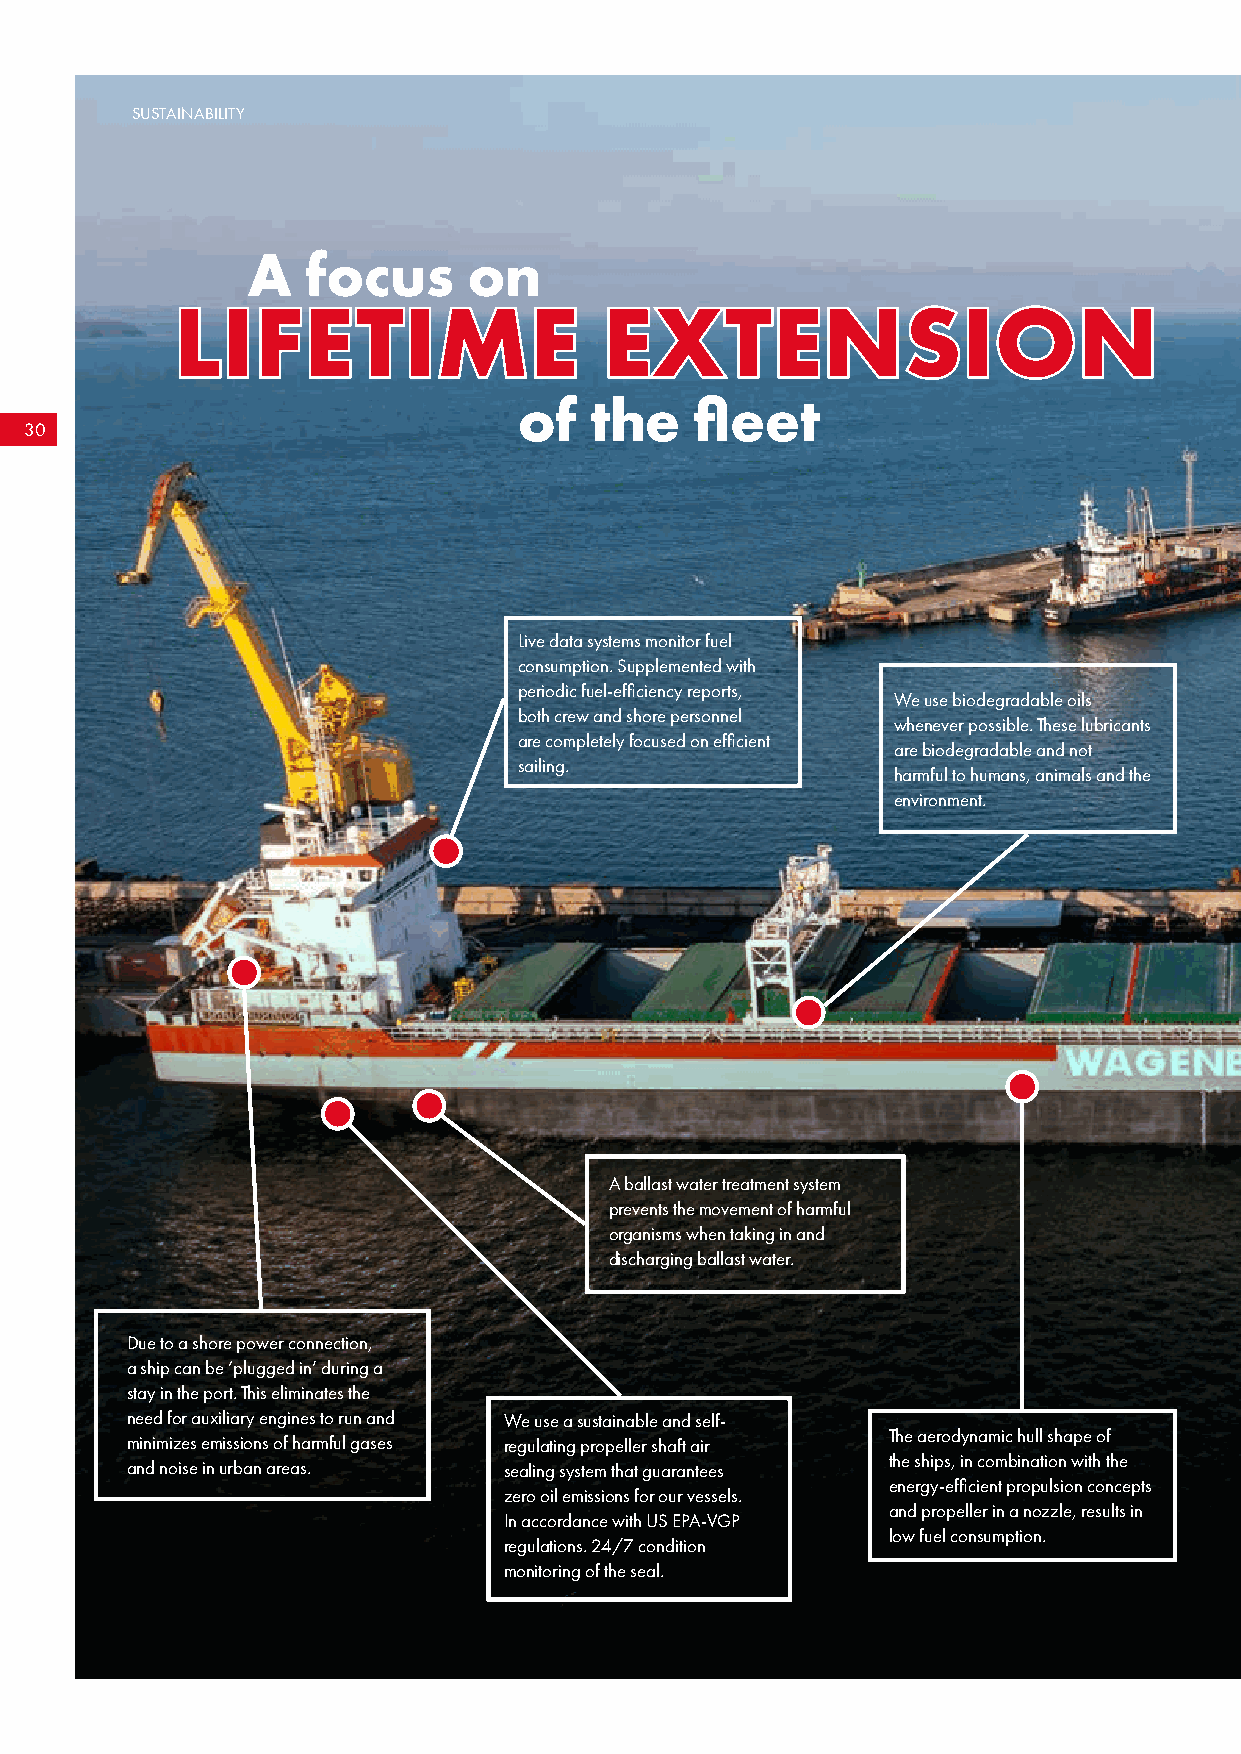
SUSTAINABILITY
 A   focus      on
 LLIIFFEETTIIMMEE            EEXXTTEENNSSIIOONN
 of   the    fleet
 30
 Live data systems monitor fuel
 consumption. Supplemented with
 periodic fuel-efficiency reports,
 We use biodegradable oils
 both crew and shore personnel
 whenever possible. These lubricants
 are completely focused on efficient
 are biodegradable and not
 sailing.
 harmful to humans, animals and the
 environment.
 A ballast water treatment system
 prevents the movement of harmful
 organisms when taking in and
 discharging ballast water.
 Due to a shore power connection,
 a ship can be ‘plugged in’ during a
 stay in the port. This eliminates the
 need for auxiliary engines to run and We use a sustainable and self-
 The aerodynamic hull shape of
 minimizes emissions of harmful gases regulating propeller shaft air
 the ships, in combination with the
 and noise in urban areas. sealing system that guarantees
 energy-efficient propulsion concepts
 zero oil emissions for our vessels.
 and propeller in a nozzle, results in
 In accordance with US EPA-VGP
 low fuel consumption.
 regulations. 24/7 condition
 monitoring of the seal.